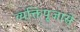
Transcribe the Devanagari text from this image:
व्यक्तिपूजासे